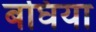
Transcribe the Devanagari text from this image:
बघिया